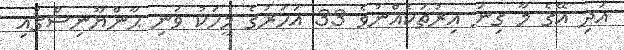
އަދި އޭގެ މާ ގިނަ އިރުތަކެއްނުވެ 33 އަހަރުގެ މީހަކު ވަނި ޙާންޔޫނިސްގައި